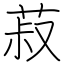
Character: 菽